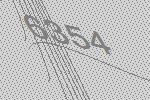
6354